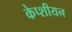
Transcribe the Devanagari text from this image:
केप्शीयन